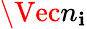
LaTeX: \Vec{n}_{\mathbf{i}}